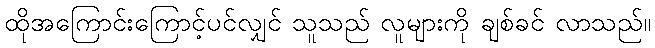
ထိုအကြောင်းကြောင့်ပင်လျှင် သူသည် လူများကို ချစ်ခင် လာသည်။